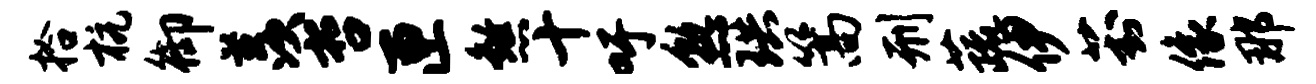
拾杭御羡哲匣煞十吁熟珙篙刑蔬伊葑像那